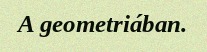
A geometriában.